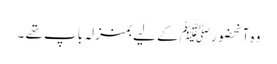
وہ آنحضورﷺ کے لیے بمنزلہ باپ تھے ۔